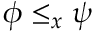
\phi \leq _ { x } \psi